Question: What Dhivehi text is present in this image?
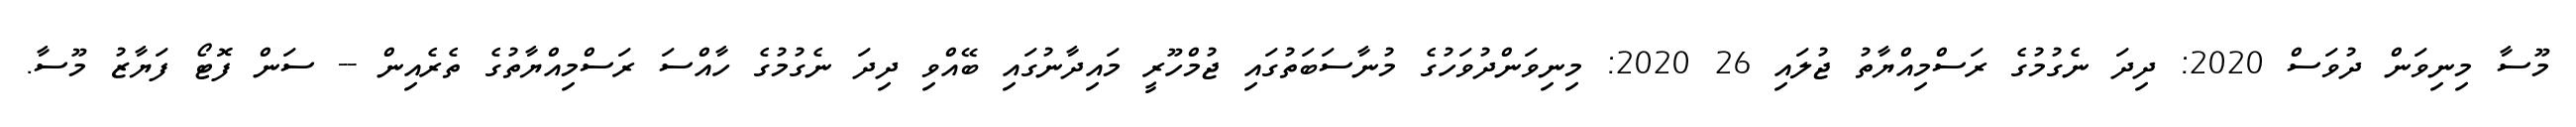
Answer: މޫސާ މިނިވަން ދުވަސް 2020: ދިދަ ނެގުމުގެ ރަސްމިއްޔާތު ޖުލައި 26 2020: މިނިވަންދުވަހުގެ މުނާސަބަތުގައި ޖުމްހޫރީ މައިދާނުގައި ބޭއްވި ދިދަ ނެގުމުގެ ހާއްސަ ރަސްމިއްޔާތުގެ ތެރެއިން -- ސަން ފޮޓޯ ފަޔާޒު މޫސާ.